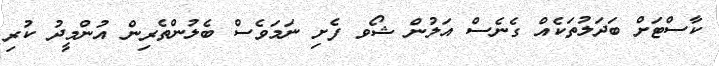
ކާސްޓަށް ބަދަލުތަކެއް ގެނެސް އަލުން ޝޯވ ފެށި ނަމަވެސް ބެލުންތެރިން އުންމީދު ކުރި